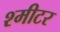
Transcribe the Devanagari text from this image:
श्मीटर